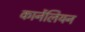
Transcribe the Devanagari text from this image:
कार्नेलियन